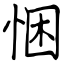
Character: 悃